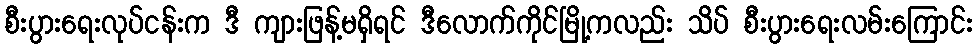
စီးပွားရေးလုပ်ငန်းက ဒီ ကျားဖြန့်မရှိရင် ဒီလောက်ကိုင်မြို့ကလည်း သိပ် စီးပွားရေးလမ်းကြောင်း